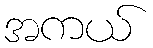
အကယ်